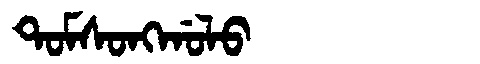
Manchu: ᡨᠣᠮᠰᠣᠩᡤᠣᠯᠣ
Romanization: TOMSONGGOLO